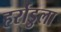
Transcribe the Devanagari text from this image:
हर्राडुला